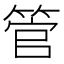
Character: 管